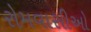
રોમવાસીઓ